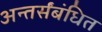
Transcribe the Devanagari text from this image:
अन्तर्संबंधित